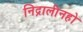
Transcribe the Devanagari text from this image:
निद्रालीनहो